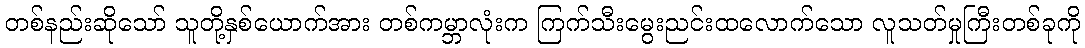
တစ်နည်းဆိုသော် သူတို့နှစ်ယောက်အား တစ်ကမ္ဘာလုံးက ကြက်သီးမွေးညင်းထလောက်သော လူသတ်မှုကြီးတစ်ခုကို